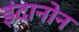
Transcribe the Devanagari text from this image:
इंदानोन